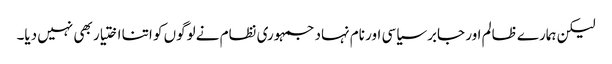
لیکن ہمارے ظالم اور جابر سیاسی اور نام نہاد جمہوری نظام نے لوگوں کو اتنا اختیار بھی نہیں دیا۔